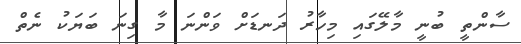
ސާންތީ ބުނީ މާލޭގައި މިހާރު ދަނޑަށް ވަންނަ މާ ގިނަ ބަޔަކު ނެތް